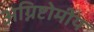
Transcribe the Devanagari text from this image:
अग्निष्टोमीय